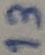
Text: 13